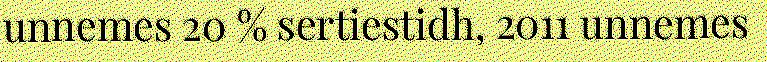
unnemes 20 % sertiestidh, 2011 unnemes